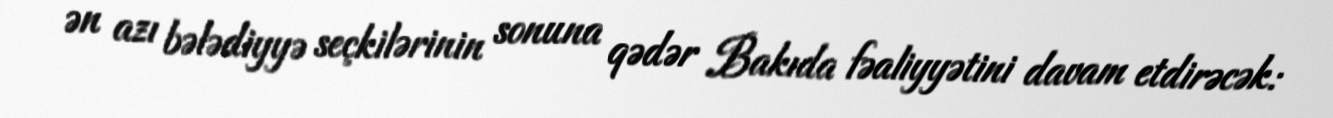
ən azı bələdiyyə seçkilərinin sonuna qədər Bakıda fəaliyyətini davam etdirəcək: